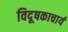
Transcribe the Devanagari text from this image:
विदूषकाचार्य